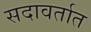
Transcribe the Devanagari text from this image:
सदावर्तात